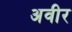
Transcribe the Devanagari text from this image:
अवीर